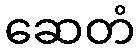
ဆေတံ